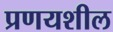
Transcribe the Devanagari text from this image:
प्रणयशील